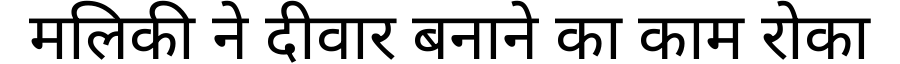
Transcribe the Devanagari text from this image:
मलिकी ने दीवार बनाने का काम रोका